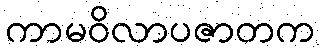
ကာမဝိလာပဇာတက